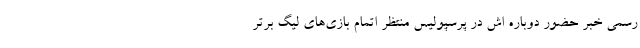
رسمی خبر حضور دوباره اش در پرسپولیس منتظر اتمام بازی‌های لیگ برتر